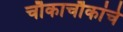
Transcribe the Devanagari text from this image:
चौकाचौकांचे